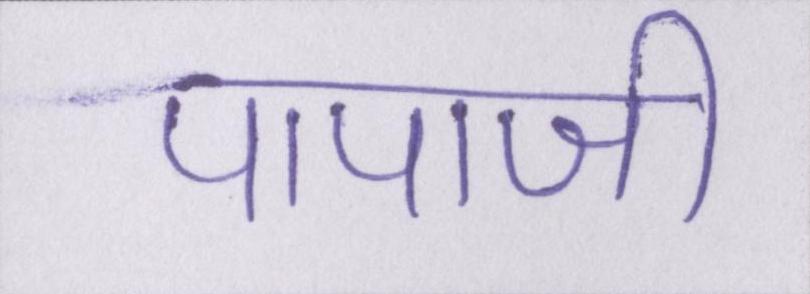
पापाजी